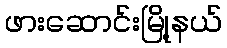
ဖားဆောင်းမြို့နယ်